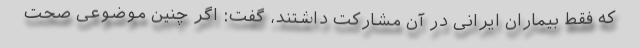
که فقط بیماران ایرانی در آن مشارکت داشتند، گفت: اگر چنین موضوعی صحت